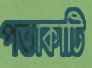
পতাকাটি